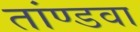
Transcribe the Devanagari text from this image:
तांण्डवा